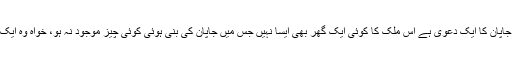
مملکتِ خداداد پاکستان کے بارے میں جاپان کا ایک دعوی ہے اس ملک کا کوئی ایک گھر بھی ایسا نہیں جس میں جاپان کی بنی ہوئی کوئی چیز موجود نہ ہو، خواہ وہ ایک چھوٹی سی آڈیو کیسٹ ہی کیوں نہ ہو۔